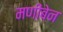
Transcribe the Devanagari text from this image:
मणीबेन